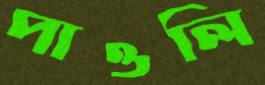
পাওলি